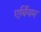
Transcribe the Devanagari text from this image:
एर्बियम